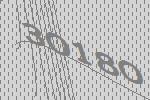
30180